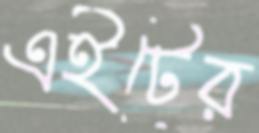
এইটের